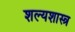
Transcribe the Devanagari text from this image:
शल्यशास्त्र